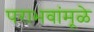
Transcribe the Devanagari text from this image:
पराभवांमूळे